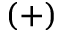
( + )